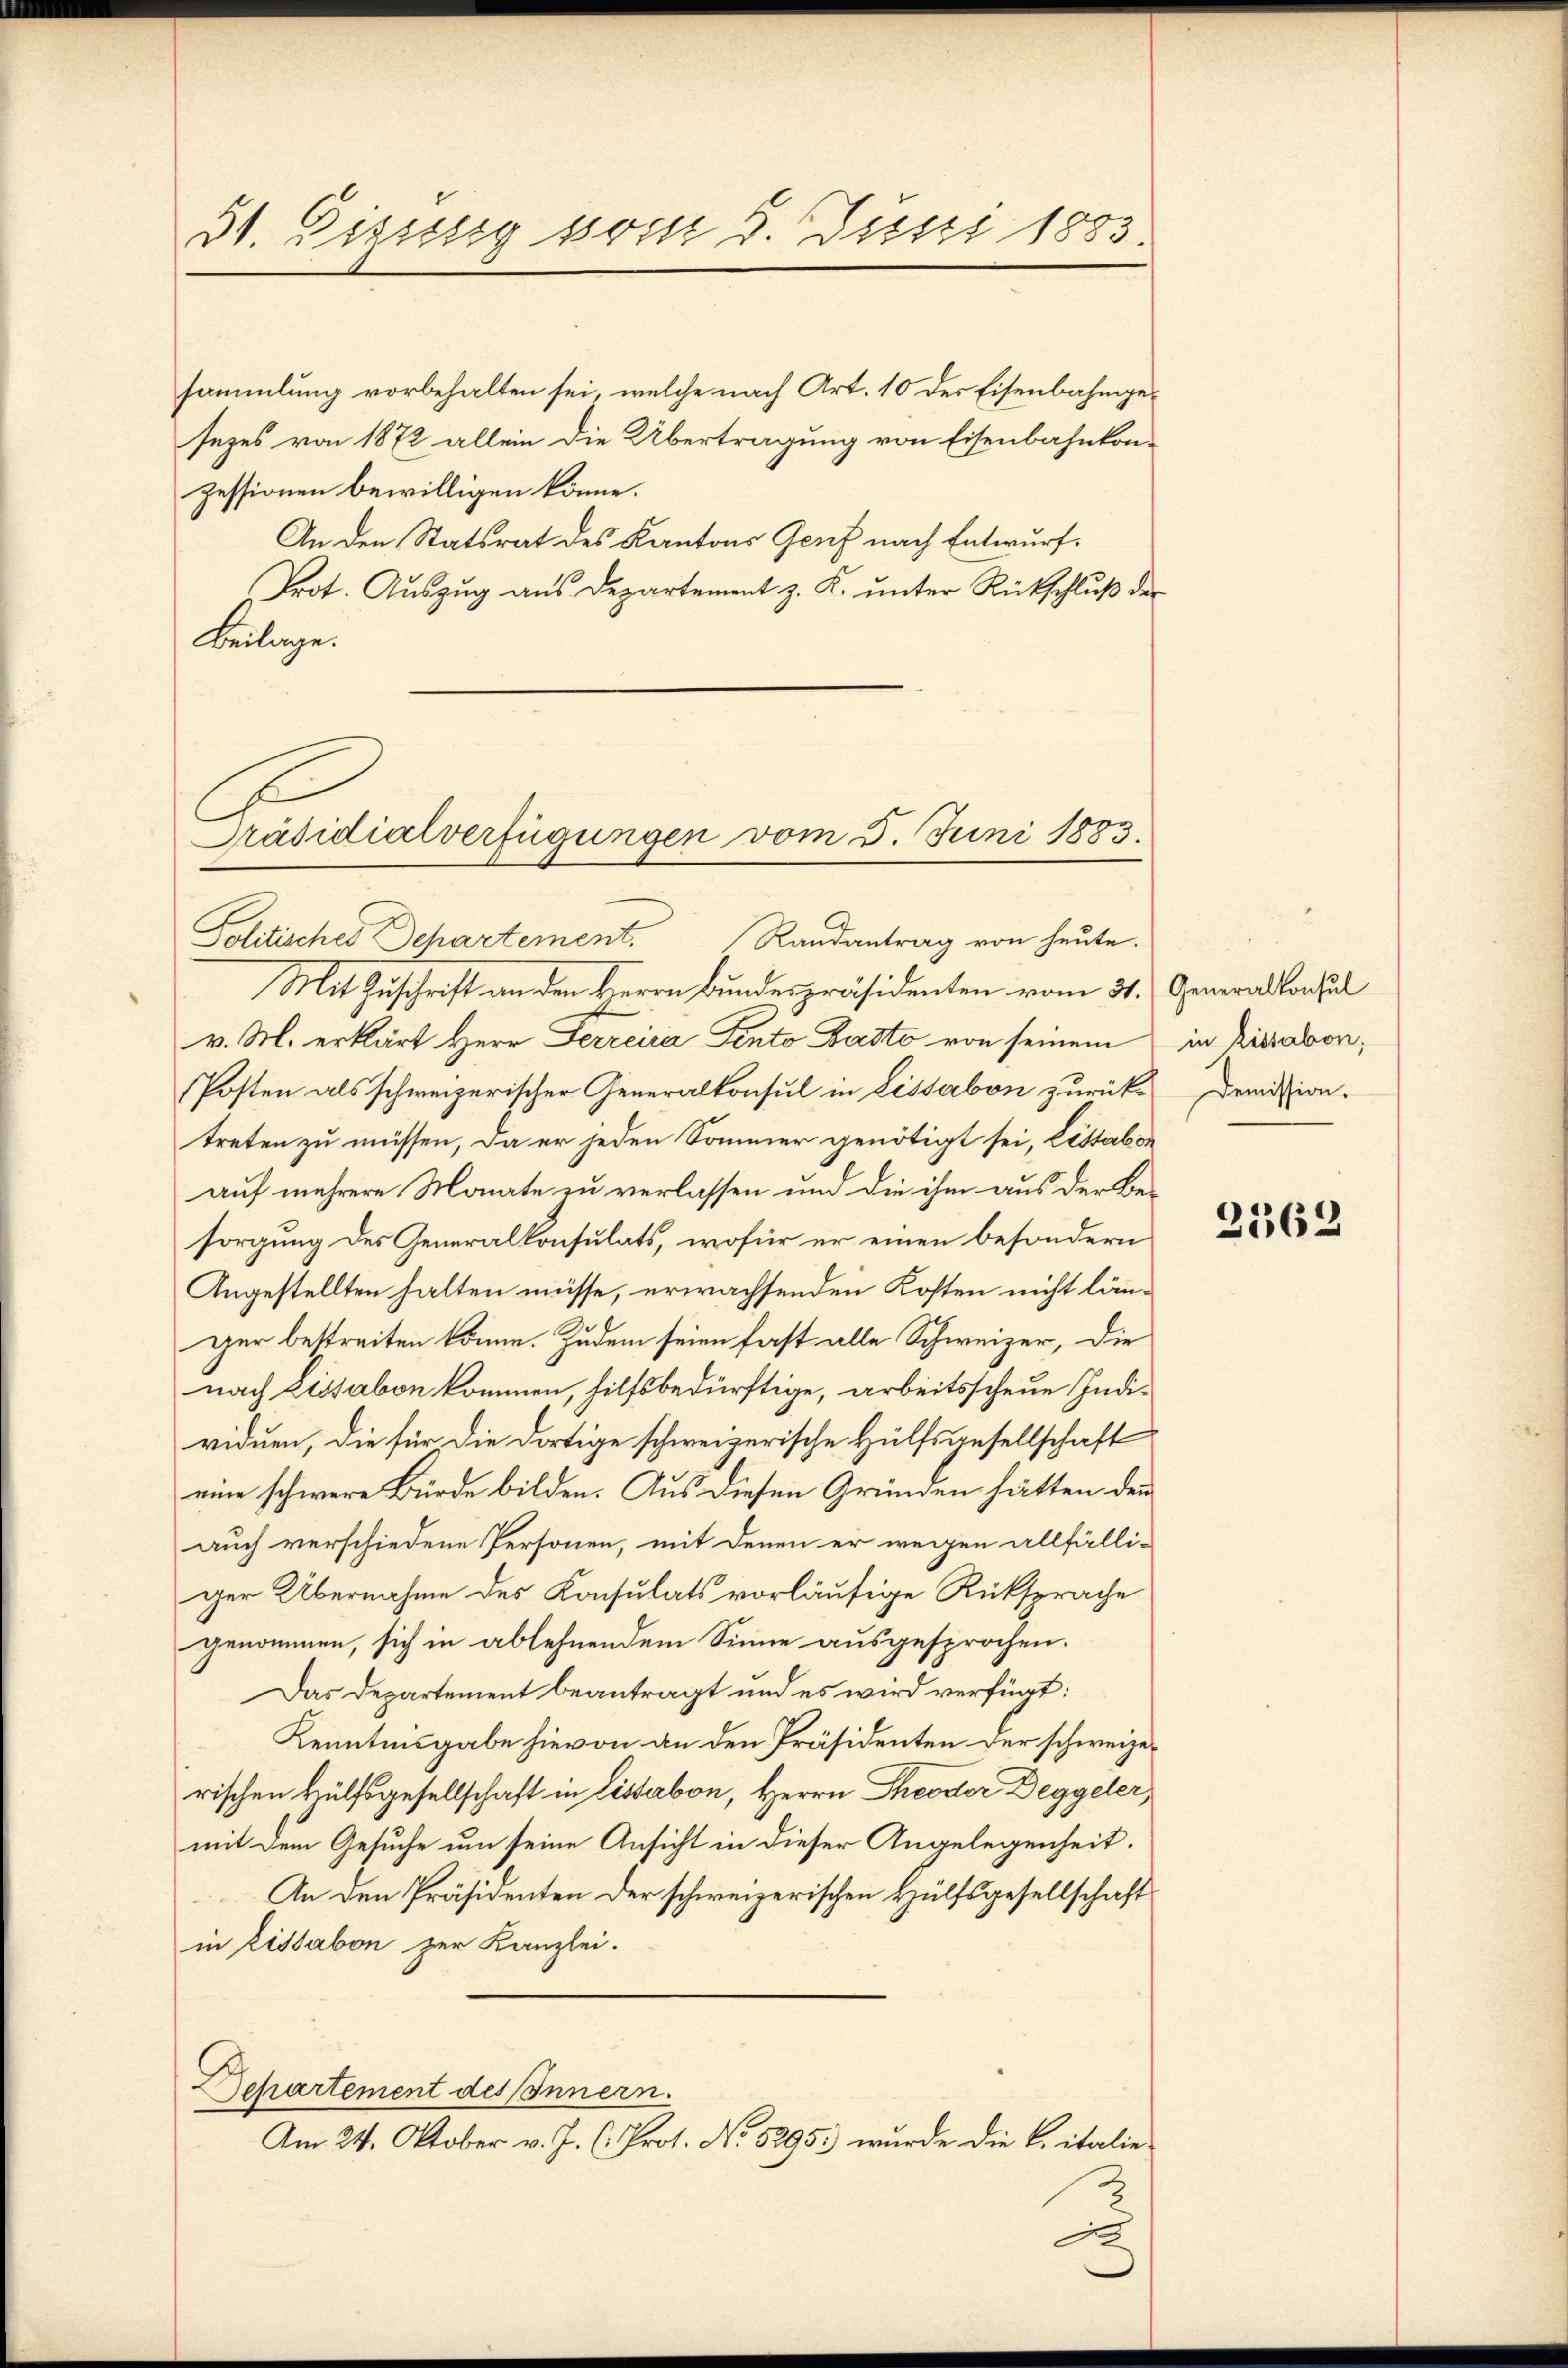
51. Dissssig so ist 8. Justi 1883.

sammlung vorbehalten sei, welche nach Art. 10 der Eisenbahngesezes von 1872 allein die Übertragung von Eisenbahnkon-
zessionen bewilligen könne.
An den Statsrat des Kantons Genf nach Entwurf.
Prot. Auszug aus Departement z. K. unter Rückschluß der
Beilage.
Präsidialverfügungen vom 5. Juni 1883.

Politisches Departement. Randantrag von heute.

Mit Zuschrift an den Herrn Bundespräsidenten vom 31. Generalkonsul
v. M. erklärt Herr Ferreica Sento Pasto von seinem in Kiesabon¬
Posten als schweizerischer Generalkonsul in Lissabon zurück-Demission.
treten zu müssen, da er jeden Sommer genötigt sei, Listabon
auf mehrere Monate zu verlassen und die ihm aus der Besorgung des Generalkonsulats, wofür er einen besondern
Angestellten halten müsse, erwachsenden Kosten nicht länger bestreiten könne. Zudem seien fast alle Schweizer, die
nach Lissabon kommen, hilfsbedürftige, arbeitsscheue Individuen, die für die dortige schweizerische Hülfsgesellschaft
eine schwere Bürde bilden. Aus diesen Gründen hätten den
auch verschiedene Personen, mit denen er wegen allfälli-
ger Übernahme des Konsulats vorläufige Rücksprache
genommen, sich in ablehnendem Sinne ausgesprochen.
Das Departement beantragt und es wird verfügt:
Kenntnisgabe hievon an den Präsidenten der schweizerischen Hülfsgesellschaft in Lissabon, Herrn Theodor Deggeler,
mit dem Gesuche um seine Ansicht in dieser Angelegenheit.
An den Präsidenten der schweizerischen Hülfsgesellschaft
in Lissabon zur Kanzlei.
Departement des Innern.
Am 24. Oktober v. J. (: Prot. No. 5295) wurde die L. italie

2362